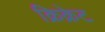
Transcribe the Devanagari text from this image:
क्रिक्रेट